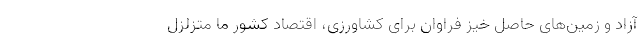
آزاد و زمین‌های حاصل خیز فراوان برای کشاورزی، اقتصاد کشور ما متزلزل